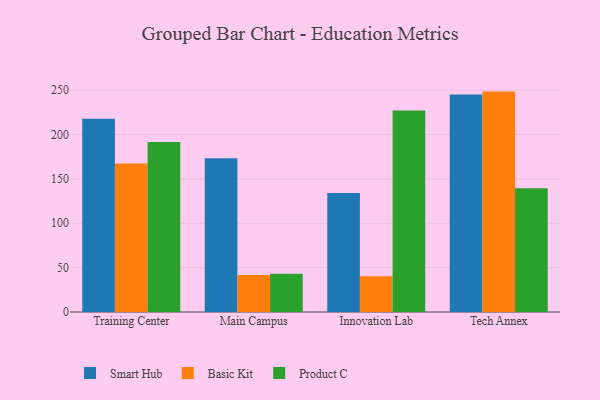
{"axis": {"x": "Campus", "y": "Inventory Turnover"}, "legend": ["Basic Kit", "Product C", "Smart Hub"], "data": [{"x": "Training Center", "y": 217.9, "type": "Smart Hub"}, {"x": "Training Center", "y": 167.3, "type": "Basic Kit"}, {"x": "Training Center", "y": 191.7, "type": "Product C"}, {"x": "Main Campus", "y": 173.3, "type": "Smart Hub"}, {"x": "Main Campus", "y": 41.6, "type": "Basic Kit"}, {"x": "Main Campus", "y": 43.2, "type": "Product C"}, {"x": "Innovation Lab", "y": 134.0, "type": "Smart Hub"}, {"x": "Innovation Lab", "y": 40.3, "type": "Basic Kit"}, {"x": "Innovation Lab", "y": 227.1, "type": "Product C"}, {"x": "Tech Annex", "y": 245.0, "type": "Smart Hub"}, {"x": "Tech Annex", "y": 248.4, "type": "Basic Kit"}, {"x": "Tech Annex", "y": 139.4, "type": "Product C"}]}